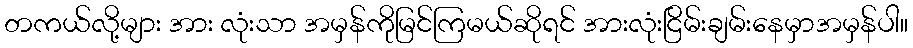
တကယ်လို့များ အား လုံးသာ အမှန်ကိုမြင်ကြမယ်ဆိုရင် အားလုံးငြိမ်းချမ်းနေမှာအမှန်ပါ။